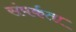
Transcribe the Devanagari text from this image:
संपर्कता